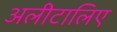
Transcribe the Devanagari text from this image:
अलीटालिए